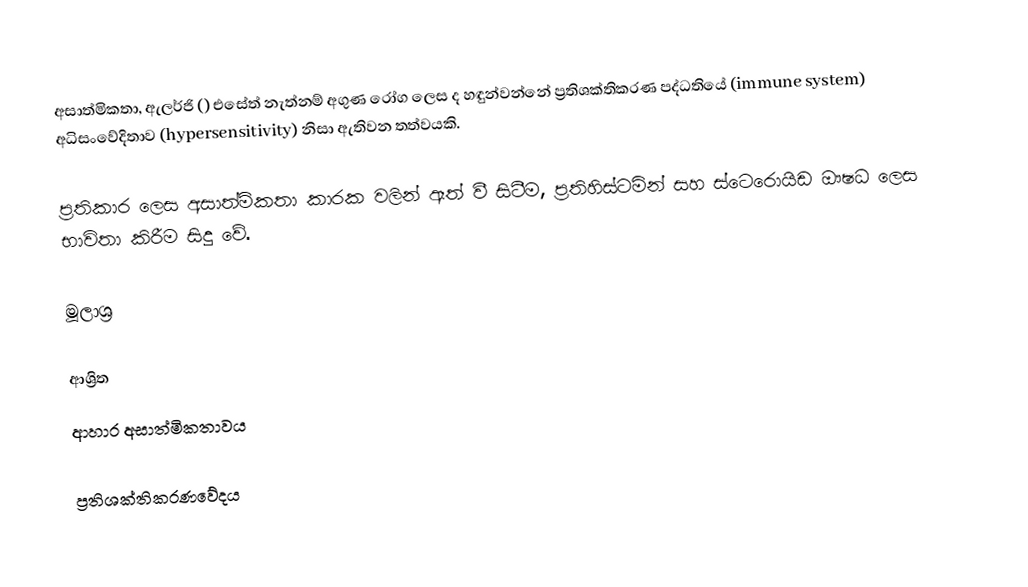
අසාත්මිකතා, ඇලර්ජි () එසේත් නැත්නම්  අගුණ රෝග ලෙස ද හඳුන්වන්නේ ප්‍රතිශක්තිකරණ පද්ධතියේ (immune system) අධිසංවේදිතාව (hypersensitivity) නිසා ඇතිවන තත්වයකි.

ප්‍රතිකාර ලෙස  අසාත්මිකතා කාරක වලින් ඈත් වී සිටීම, ප්‍රතිහිස්ටමින් සහ ස්ටෙරොයිඩ ඖෂධ ලෙස භාවිතා කිරීම සිදු වේ.

මූලාශ්‍ර

ආශ්‍රිත
 ආහාර අසාත්මිකතාවය

ප්‍රතිශක්තිකරණවේදය